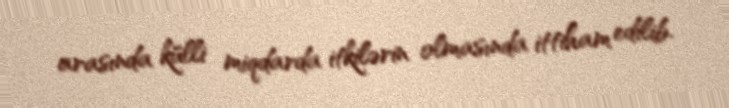
arasında külli miqdarda itkilərin olmasında ittiham edilib.